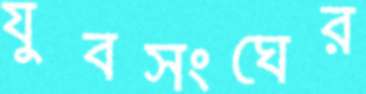
যুবসংঘের